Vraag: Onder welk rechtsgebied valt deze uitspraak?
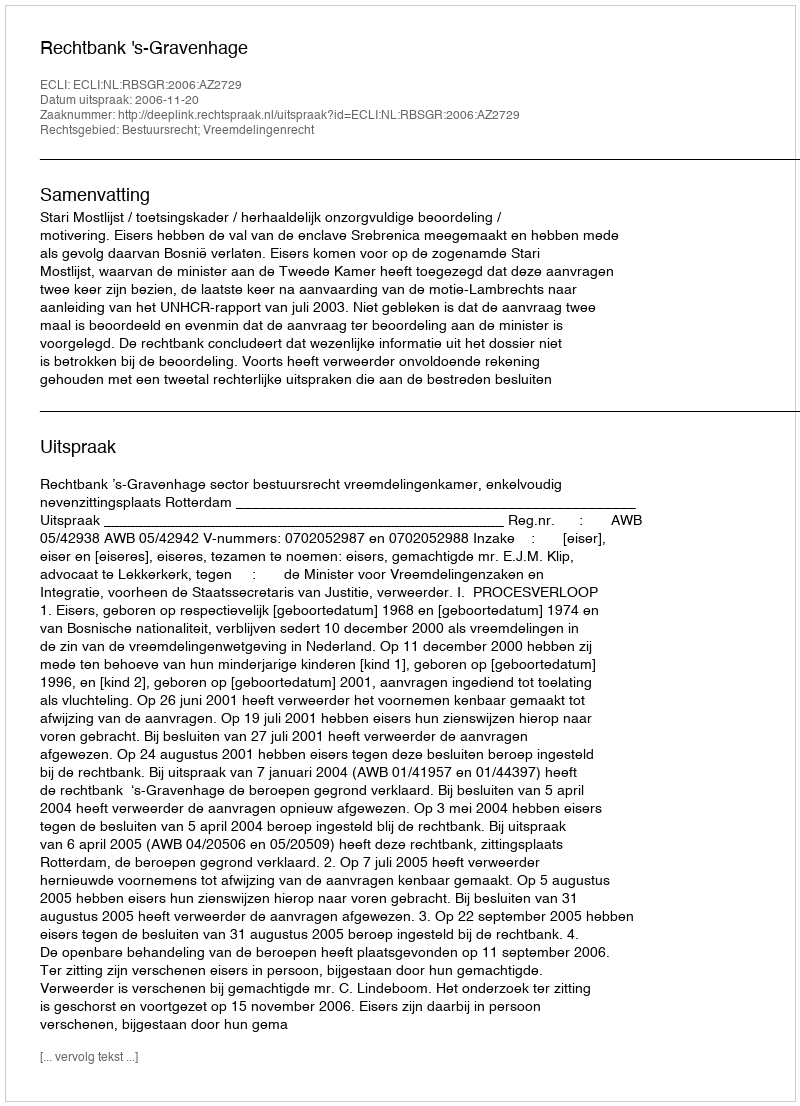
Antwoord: Bestuursrecht; Vreemdelingenrecht